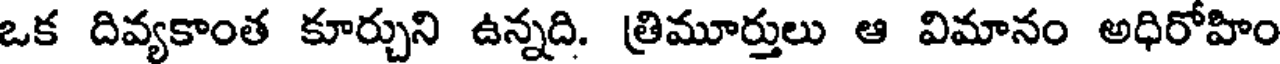
ఒక దివ్యకాంత కూర్చుని ఉన్నది. త్రిమూర్తులు ఆ విమానం అధిరోహిం